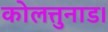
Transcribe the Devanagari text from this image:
कोलत्तुनाड।